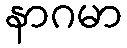
နာဂမာ